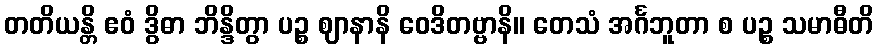
တတိယန္တိ ဧဝံ ဒွိဓာ ဘိန္ဒိတွာ ပဉ္စ ဈာနာနိ ဝေဒိတဗ္ဗာနိ။ တေသံ အင်္ဂဘူတာ စ ပဉ္စ သမာဓီတိ